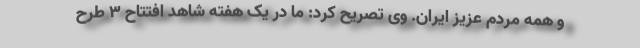
و همه مردم عزیز ایران. وی تصریح کرد: ما در یک هفته شاهد افتتاح ۳ طرح